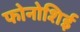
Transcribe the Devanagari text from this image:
फोनोशिई